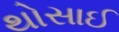
થોસાઈ